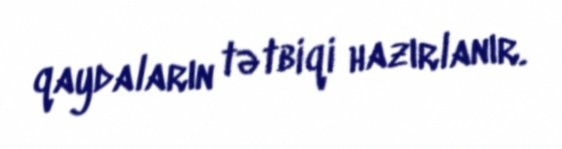
qaydaların tətbiqi hazırlanır.